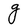
Character: g